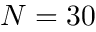
N = 3 0